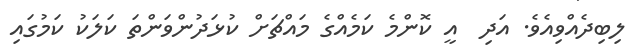
ލިބިދެއްވިއެވެ. އަދި  އީ ކޮންމެ ކަމެއްގެ މައްޗަށް ކުޅަދުންވަންތަ ކަލަކު ކަމުގައި